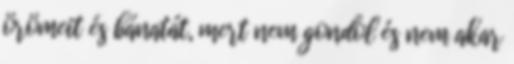
örömeit és bánatát, mert nem gondol és nem akar